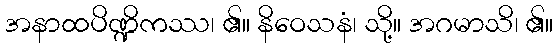
အနာထပိဏ္ဍိကဿ၊ ၏။ နိဝေသနံ၊ သို့။ အဂမာသိ၊ ၏။